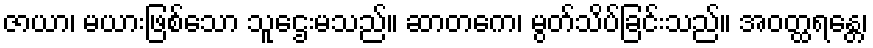
ဇာယာ၊ မယားဖြစ်သော သူဌေးမသည်။ ဆာတကေ၊ မွတ်သိပ်ခြင်းသည်။ အဝတ္ထရန္တေ၊